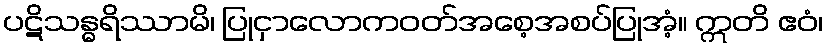
ပဋိသန္ဓရိဿာမိ၊ ပြုငှာလောကဝတ်အစေ့အစပ်ပြုအံ့။ ဣတိ ဧဝံ၊